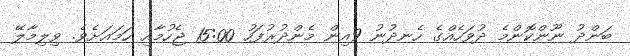
ބަންދު ނޫންކޮންމެ ދުވަހެއްގެ ހެނދުނު 9އިން މެންދުރުފަހު 15:00 ޖެހުމާއި ހަމައަށެވެ. ވިލިމާލޭ